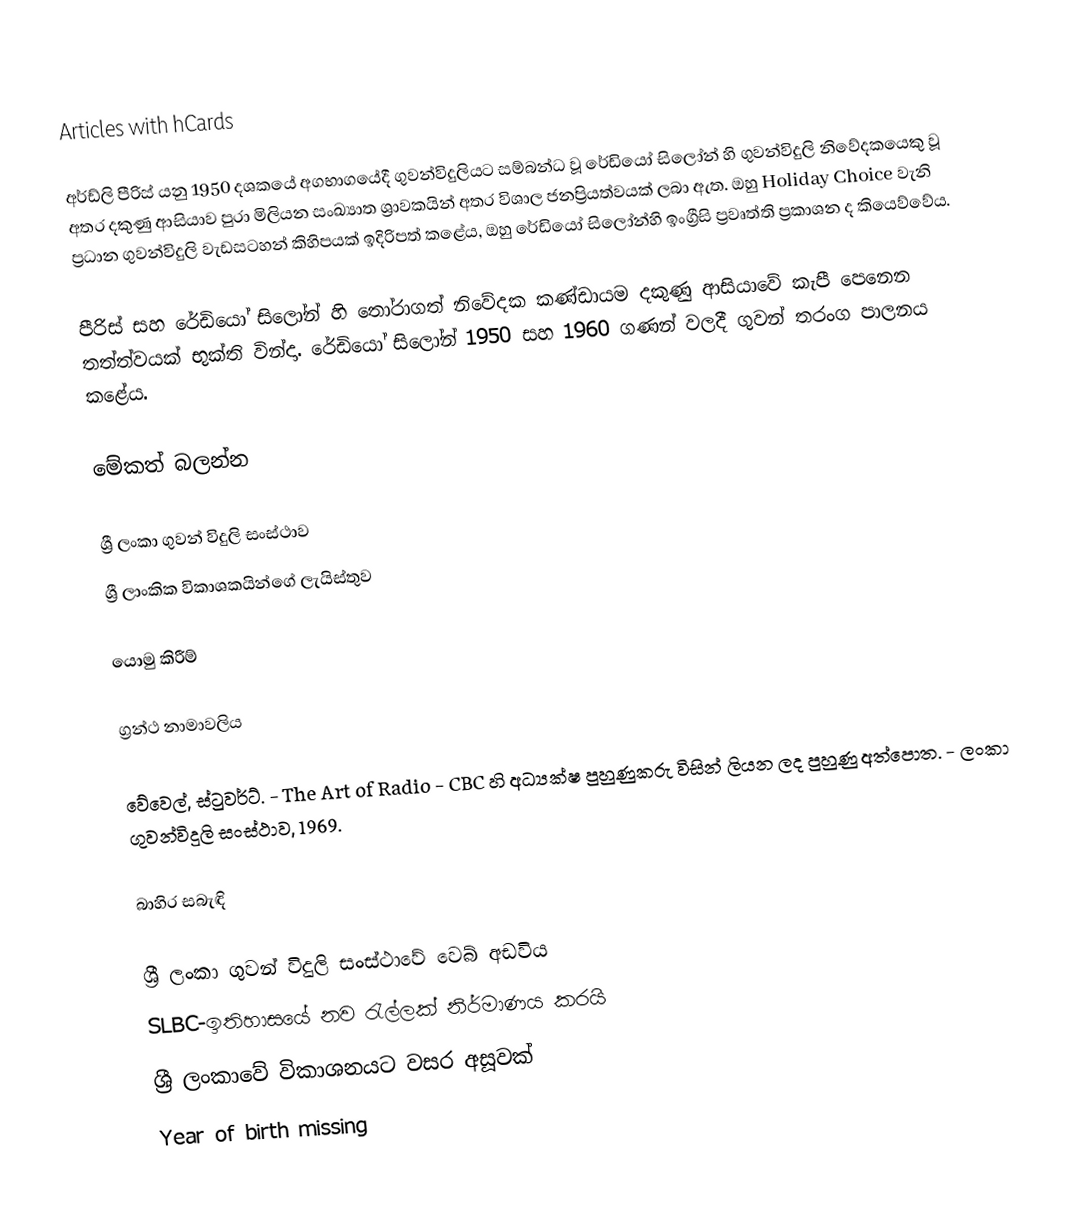
Articles with hCards

අර්ඩ්ලි පීරිස් යනු 1950 දශකයේ අගභාගයේදී ගුවන්විදුලියට සම්බන්ධ වූ රේඩියෝ සිලෝන් හි ගුවන්විදුලි නිවේදකයෙකු වූ අතර දකුණු ආසියාව පුරා මිලියන සංඛ්‍යාත ශ්‍රාවකයින් අතර විශාල ජනප්‍රියත්වයක් ලබා ඇත. ඔහු Holiday Choice වැනි ප්‍රධාන ගුවන්විදුලි වැඩසටහන් කිහිපයක් ඉදිරිපත් කළේය, ඔහු රේඩියෝ සිලෝන්හි ඉංග්‍රීසි ප්‍රවෘත්ති ප්‍රකාශන ද කියෙව්වේය.

පීරිස් සහ රේඩියෝ සිලෝන් හි තෝරාගත් නිවේදක කණ්ඩායම දකුණු ආසියාවේ කැපී පෙනෙන තත්ත්වයක් භුක්ති වින්දා. රේඩියෝ සිලෝන් 1950 සහ 1960 ගණන් වලදී ගුවන් තරංග පාලනය කළේය.

මේකත් බලන්න

 ශ්‍රී ලංකා ගුවන් විදුලි සංස්ථාව
 ශ්‍රී ලාංකික විකාශකයින්ගේ ලැයිස්තුව

යොමු කිරීම්

ග්‍රන්ථ නාමාවලිය

 වේවෙල්, ස්ටුවර්ට්. - The Art of Radio - CBC හි අධ්‍යක්ෂ පුහුණුකරු විසින් ලියන ලද පුහුණු අත්පොත. - ලංකා ගුවන්විදුලි සංස්ථාව, 1969.

බාහිර සබැඳි

 ශ්‍රී ලංකා ගුවන් විදුලි සංස්ථාවේ වෙබ් අඩවිය
 SLBC-ඉතිහාසයේ නව රැල්ලක් නිර්මාණය කරයි
 ශ්‍රී ලංකාවේ විකාශනයට වසර අසූවක්
Year of birth missing